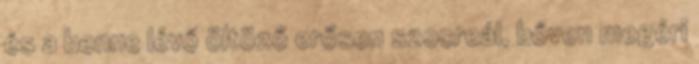
és a benne lévő öltöző erősen szocreál, bőven megéri